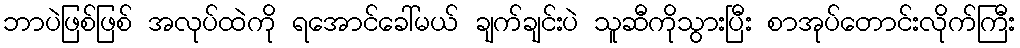
ဘာပဲဖြစ်ဖြစ် အလုပ်ထဲကို ရအောင်ခေါ်မယ် ချက်ချင်းပဲ သူဆီကိုသွားပြီး စာအုပ်တောင်းလိုက်ကြီး